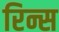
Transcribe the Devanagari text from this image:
रिन्स